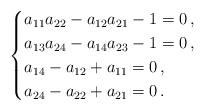
LaTeX: \begin{align*} \begin{cases} a_{11}a_{22}-a_{12}a_{21}-1=0\,,\\ a_{13}a_{24}-a_{14}a_{23}-1=0\,,\\ a_{14}-a_{12}+a_{11}=0\,,\\ a_{24}-a_{22}+a_{21}=0\,. \end{cases}\end{align*}